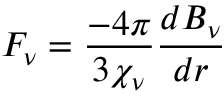
F _ { \nu } = { \frac { - 4 \pi } { 3 \chi _ { \nu } } } { \frac { d B _ { \nu } } { d r } } \,